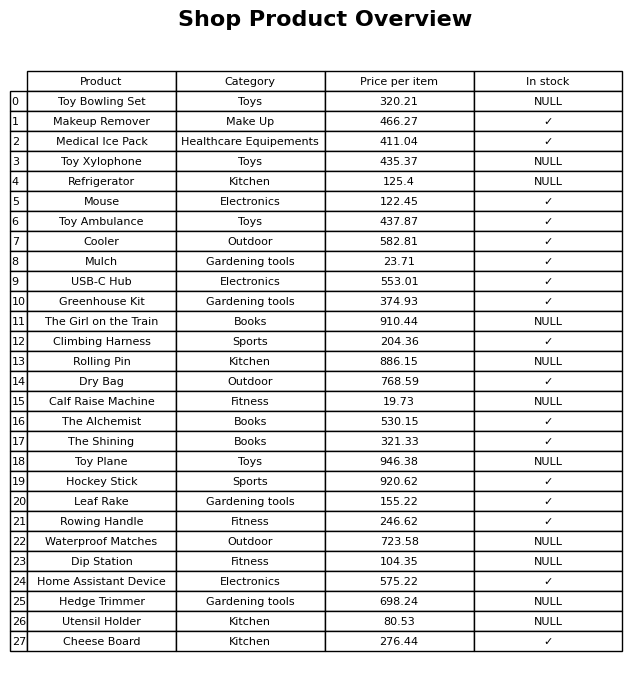
question: What is the price for Refrigerator?
answer: The price of Refrigerator is 125.4.